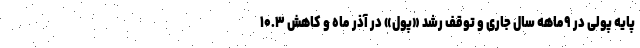
پایه پولی در ۹ماهه سال جاری و توقف رشد «پول» در آذر ماه و کاهش ۱۰.۳